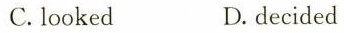
C.looked D.decided